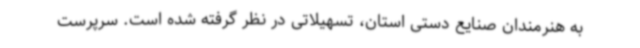
به هنرمندان صنایع دستی استان، تسهیلاتی در نظر گرفته شده است. سرپرست